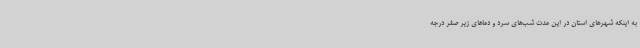
به اینکه شهرهای استان در این مدت شب‌های سرد و دماهای زیر صفر درجه